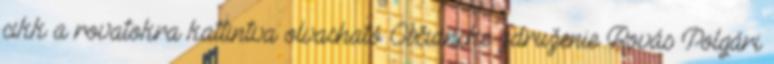
cikk a rovatokra kattintva olvasható Občianske združenie Rovás Polgári